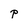
Character: P